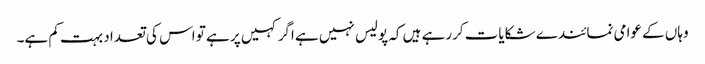
وہاں کے عوامی نمائندے شکایات کررہے ہیں کہ پولیس نہیں ہے اگر کہیں پر ہے تو اس کی تعداد بہت کم ہے۔